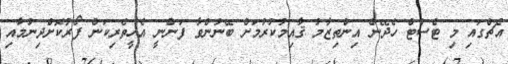
އެޗްގައި މި ޓެސްޓް ހެދޭނެ އިންތިޒާމުު ޤާއިމުުކުރުމަށް ބޭނުންވާ ފަންނީ އެހީތެރިކަން ފޯރުކޮށްދިނުމާއި